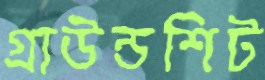
গ্রাউন্ডশিট